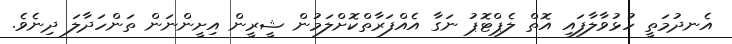
އެނދުމަތީ ހުޅުވާލާފައި އޮތް ލެޕްޓޮޕު ނަގާ އެއްފަރާތްކޮށްލަމުން ޝީރީން އިށީންނަން ތަންހަދާލަ ދިނެވެ.